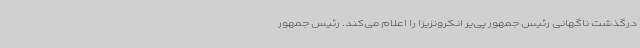
درگذشت ناگهانی رئیس جمهور پی‌یر انکرونزیزا را اعلام می‌کند. رئیس جمهور